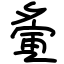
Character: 夤